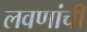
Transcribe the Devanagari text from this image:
लवणांची